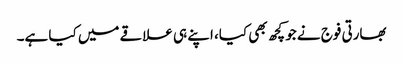
بھارتی فوج نے جو کچھ بھی کیا، اپنے ہی علاقے میں کیا ہے۔